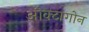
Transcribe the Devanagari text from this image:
औक्टागोन